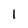
Character: I